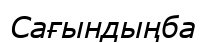
Сағындыңба